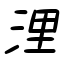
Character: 浬